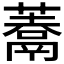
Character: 𩱀